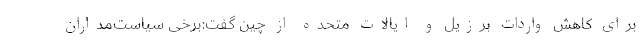
برای کاهش واردات برزیل و ایالات متحده از چین گفت:برخی سیاست‌مداران